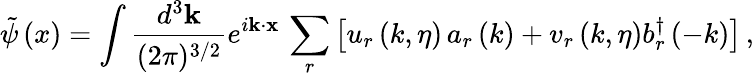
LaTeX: \tilde{\psi}\left(x\right)=\int\frac{d^{3}{\mathbf k}}{(2\pi)^{3/2}}e^{i{\mathbf k}\cdot\mathbf{x}}\, \sum_{r}\left[u_{r}\left(k,\eta\right)\, a_{r}\left(k\right)+v_{r}\left(k,\eta\right)b_{r}^{\dagger}\left(-k\right)\right]\, ,